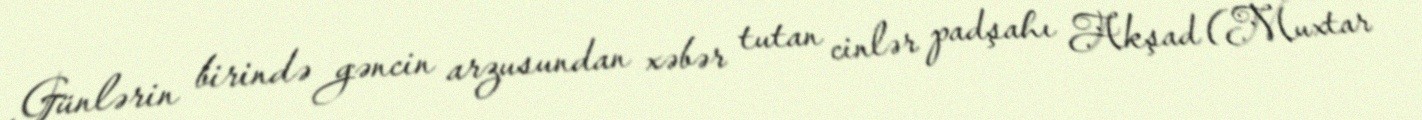
Günlərin birində gəncin arzusundan xəbər tutan cinlər padşahı Akşad (Muxtar